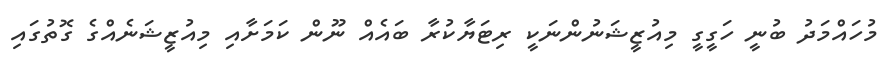
މުހައްމަދު ބުނީ ހަގީގީ މިއުޒީޝަނުންނަކީ ރިޓަޔާކުރާ ބައެއް ނޫން ކަމަށާއި މިއުޒީޝަނެއްގެ ގޮތުގައި